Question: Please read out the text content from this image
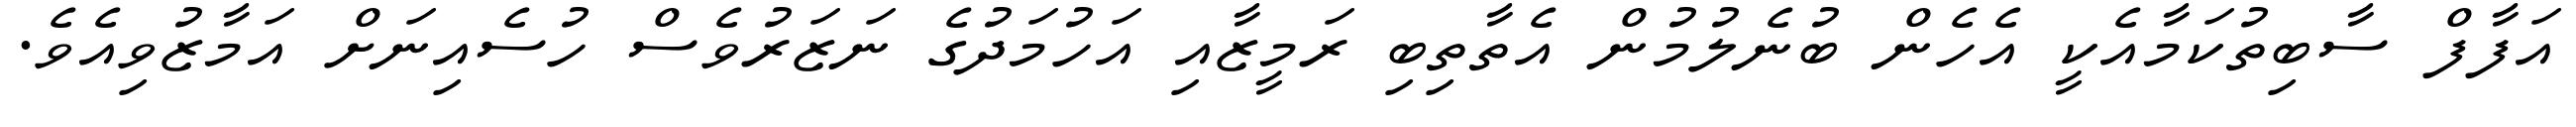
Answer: އަފާފް ސާބިތުކަމާއެކީ އެހެން ބުނެލުމުން އެތާތިބި ރަމީޒާއި އަހުމަދުގެ ނަޒަރުވެސް ހުސެއިނަށް އަމާޒުވިއެވެ.